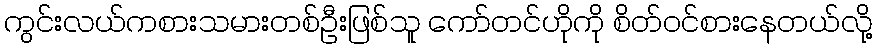
ကွင်းလယ်ကစားသမားတစ်ဦးဖြစ်သူ ကော်တင်ဟိုကို စိတ်ဝင်စားနေတယ်လို့